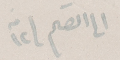
الى القلم ١٢ منه